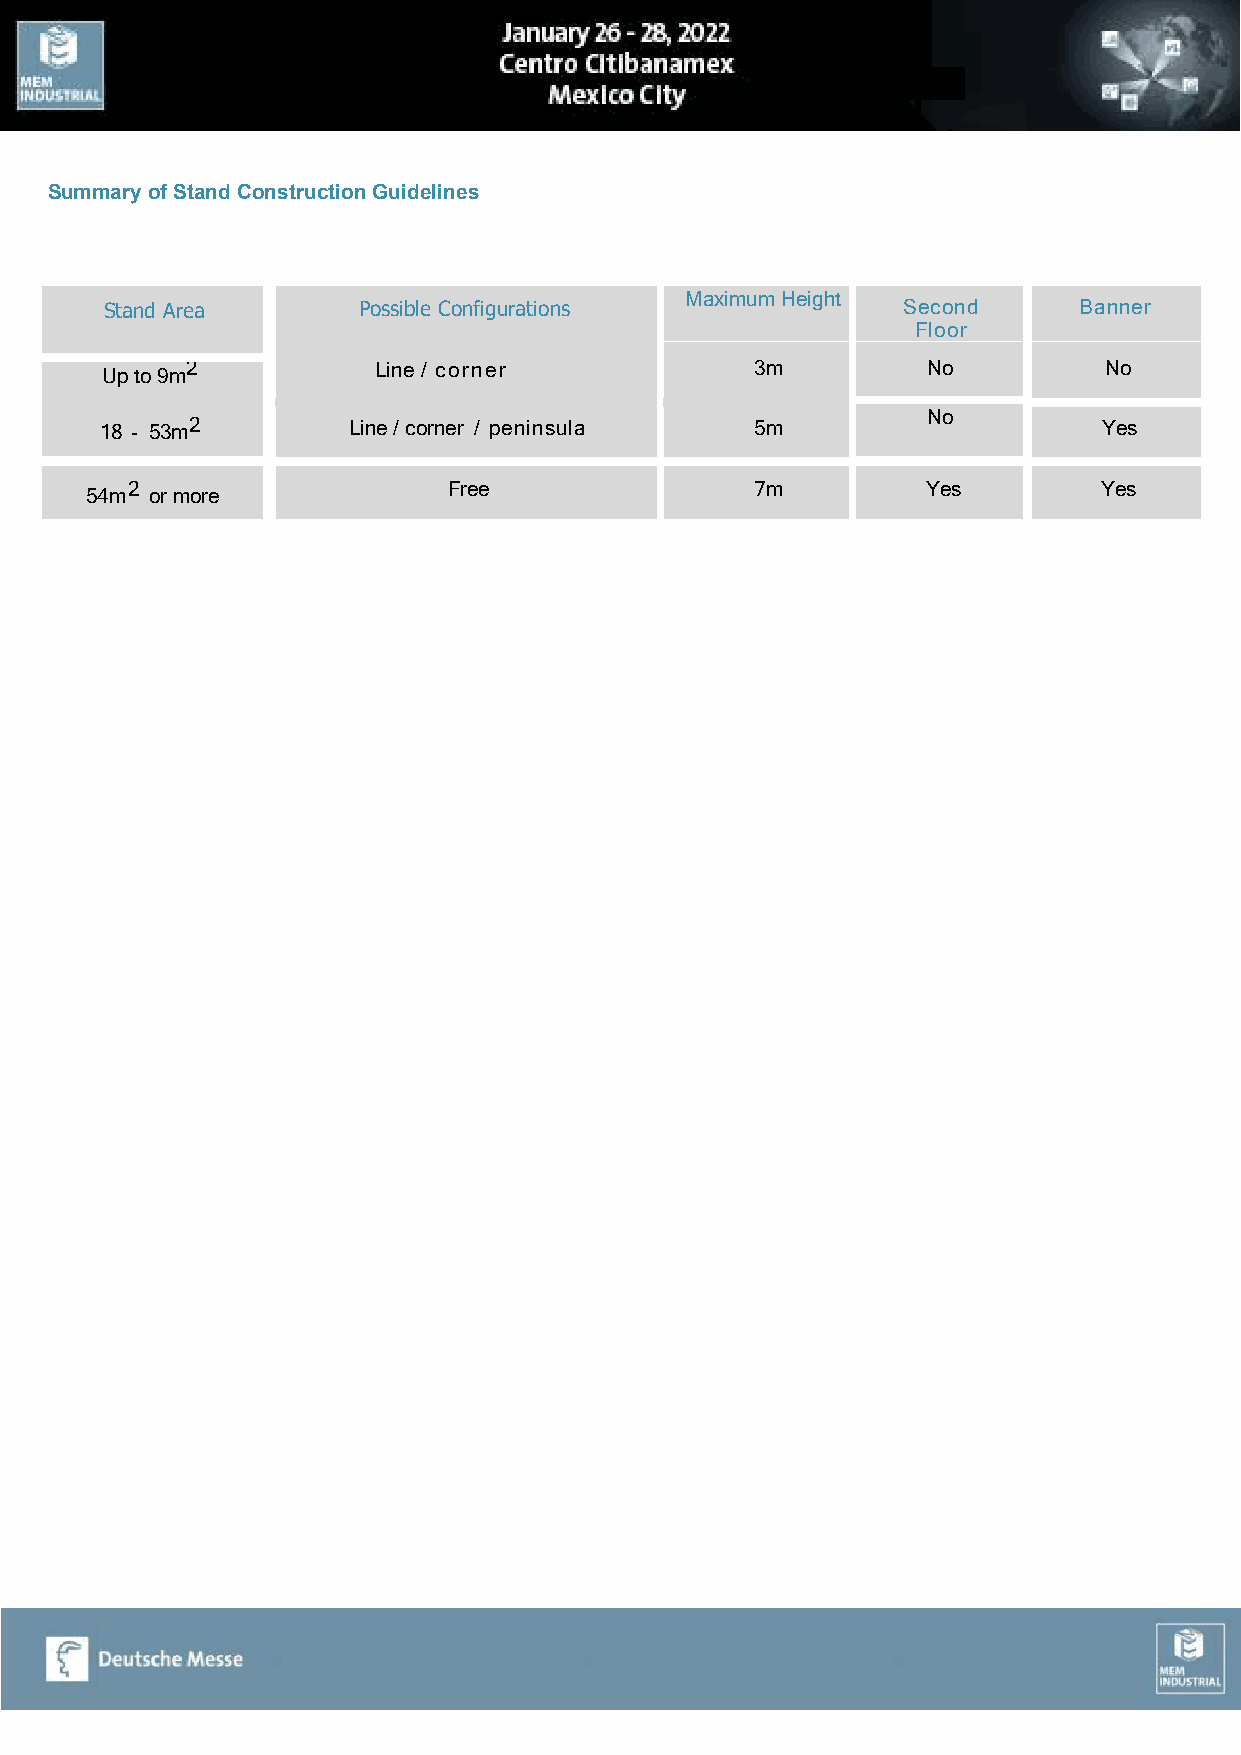
Summary of Stand Construction Guidelines
 Maximum Height
 Stand Area       Possible Configurations             Second     Banner
 Floor
 Up to 9m2         Line / corner            3m         No          No
 No
 18 - 53m2       Line / corner / peninsula  5m                     Yes
 2                     Free                7m         Yes         Yes
 54m or more